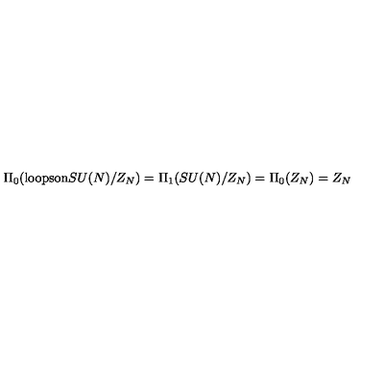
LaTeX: \Pi _ { 0 } ( \mathrm { l o o p s o n } S U ( N ) / Z _ { N } ) = \Pi _ { 1 } ( S U ( N ) / Z _ { N } ) = \Pi _ { 0 } ( Z _ { N } ) = Z _ { N }